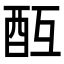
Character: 𨠂